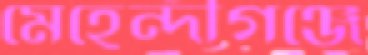
মেহেন্দীগঞ্জে